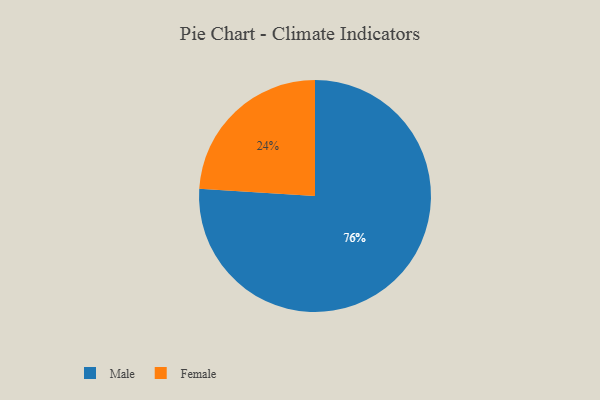
{"axis": {"x": "Category", "y": "Percentage"}, "legend": ["Female", "Male"], "data": [{"x": "Male", "y": 76, "type": "Male"}, {"x": "Female", "y": 24, "type": "Female"}]}